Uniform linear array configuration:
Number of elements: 8
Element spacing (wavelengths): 0.25
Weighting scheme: binomial
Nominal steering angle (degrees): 30
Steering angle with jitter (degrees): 29.474
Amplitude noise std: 0.05
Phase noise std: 0.05

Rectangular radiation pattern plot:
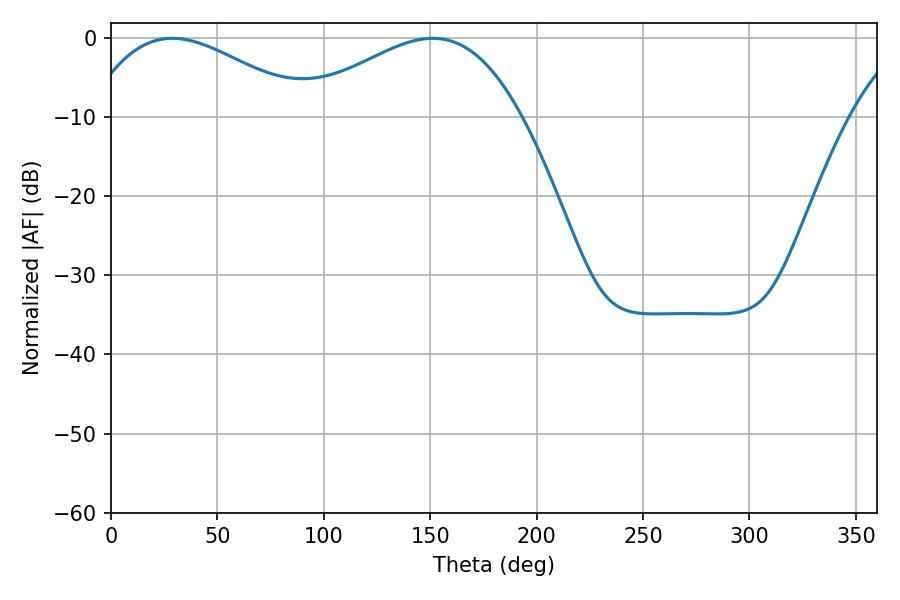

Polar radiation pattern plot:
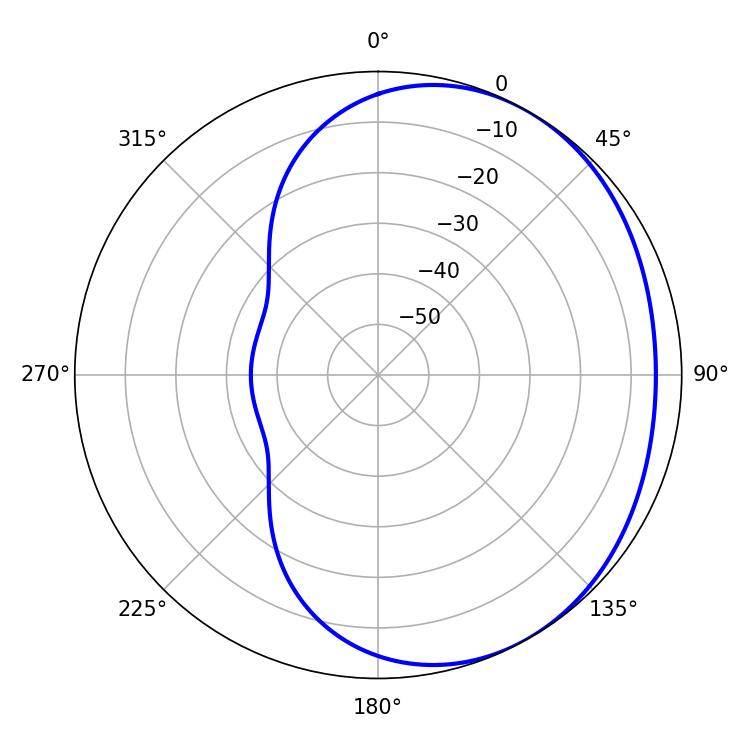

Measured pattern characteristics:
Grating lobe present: FALSE
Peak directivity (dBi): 2.384
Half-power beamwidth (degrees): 56.88
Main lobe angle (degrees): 28.8